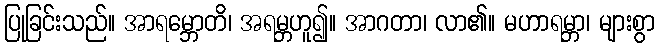
ပြုခြင်းသည်။ အာရမ္ဘောတိ၊ အရမ္ဘဟူ၍။ အာဂတာ၊ လာ၏။ မဟာရမ္ဘာ၊ များစွာ